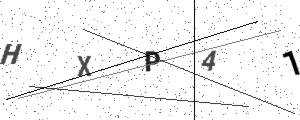
Text: HXP41